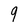
Character: 9